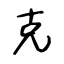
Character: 克